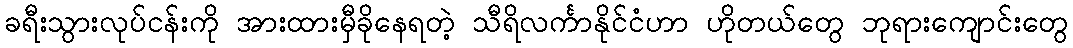
ခရီးသွားလုပ်ငန်းကို အားထားမှီခိုနေရတဲ့ သီရိလင်္ကာနိုင်ငံဟာ ဟိုတယ်တွေ ဘုရားကျောင်းတွေ